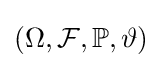
(\Omega ,{\mathcal {F}},\mathbb {P} ,\vartheta )